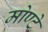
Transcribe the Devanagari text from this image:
मोण्टे